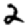
Digit: 2